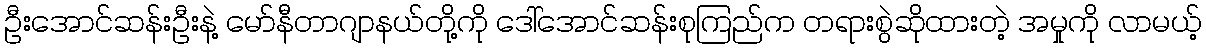
ဦးအောင်ဆန်းဦးနဲ့ မော်နီတာဂျာနယ်တို့ကို ဒေါ်အောင်ဆန်းစုကြည်က တရားစွဲဆိုထားတဲ့ အမှုကို လာမယ့်